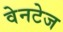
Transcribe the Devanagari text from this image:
वेनटेज